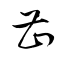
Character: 曹